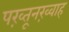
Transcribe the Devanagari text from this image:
पख़्तूनख़्वाह